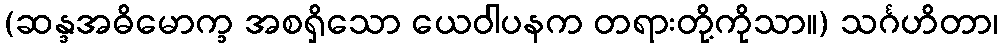
(ဆန္ဒအဓိမောက္ခ အစရှိသော ယေဝါပနက တရားတို့ကိုသာ။) သင်္ဂဟိတာ၊